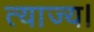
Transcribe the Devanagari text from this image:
त्याज्य।